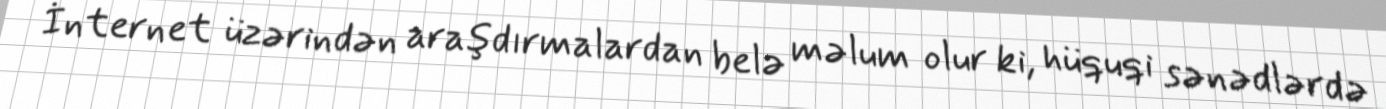
İnternet üzərindən araşdırmalardan belə məlum olur ki, hüquqi sənədlərdə